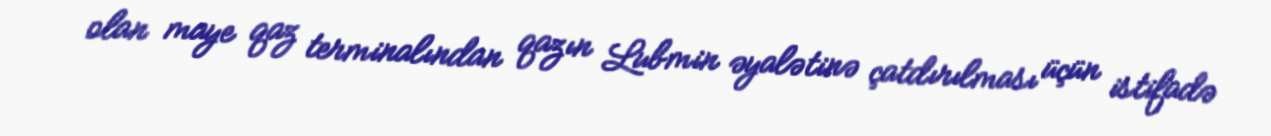
olan maye qaz terminalından qazın Lubmin əyalətinə çatdırılması üçün istifadə